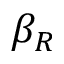
\beta _ { R }